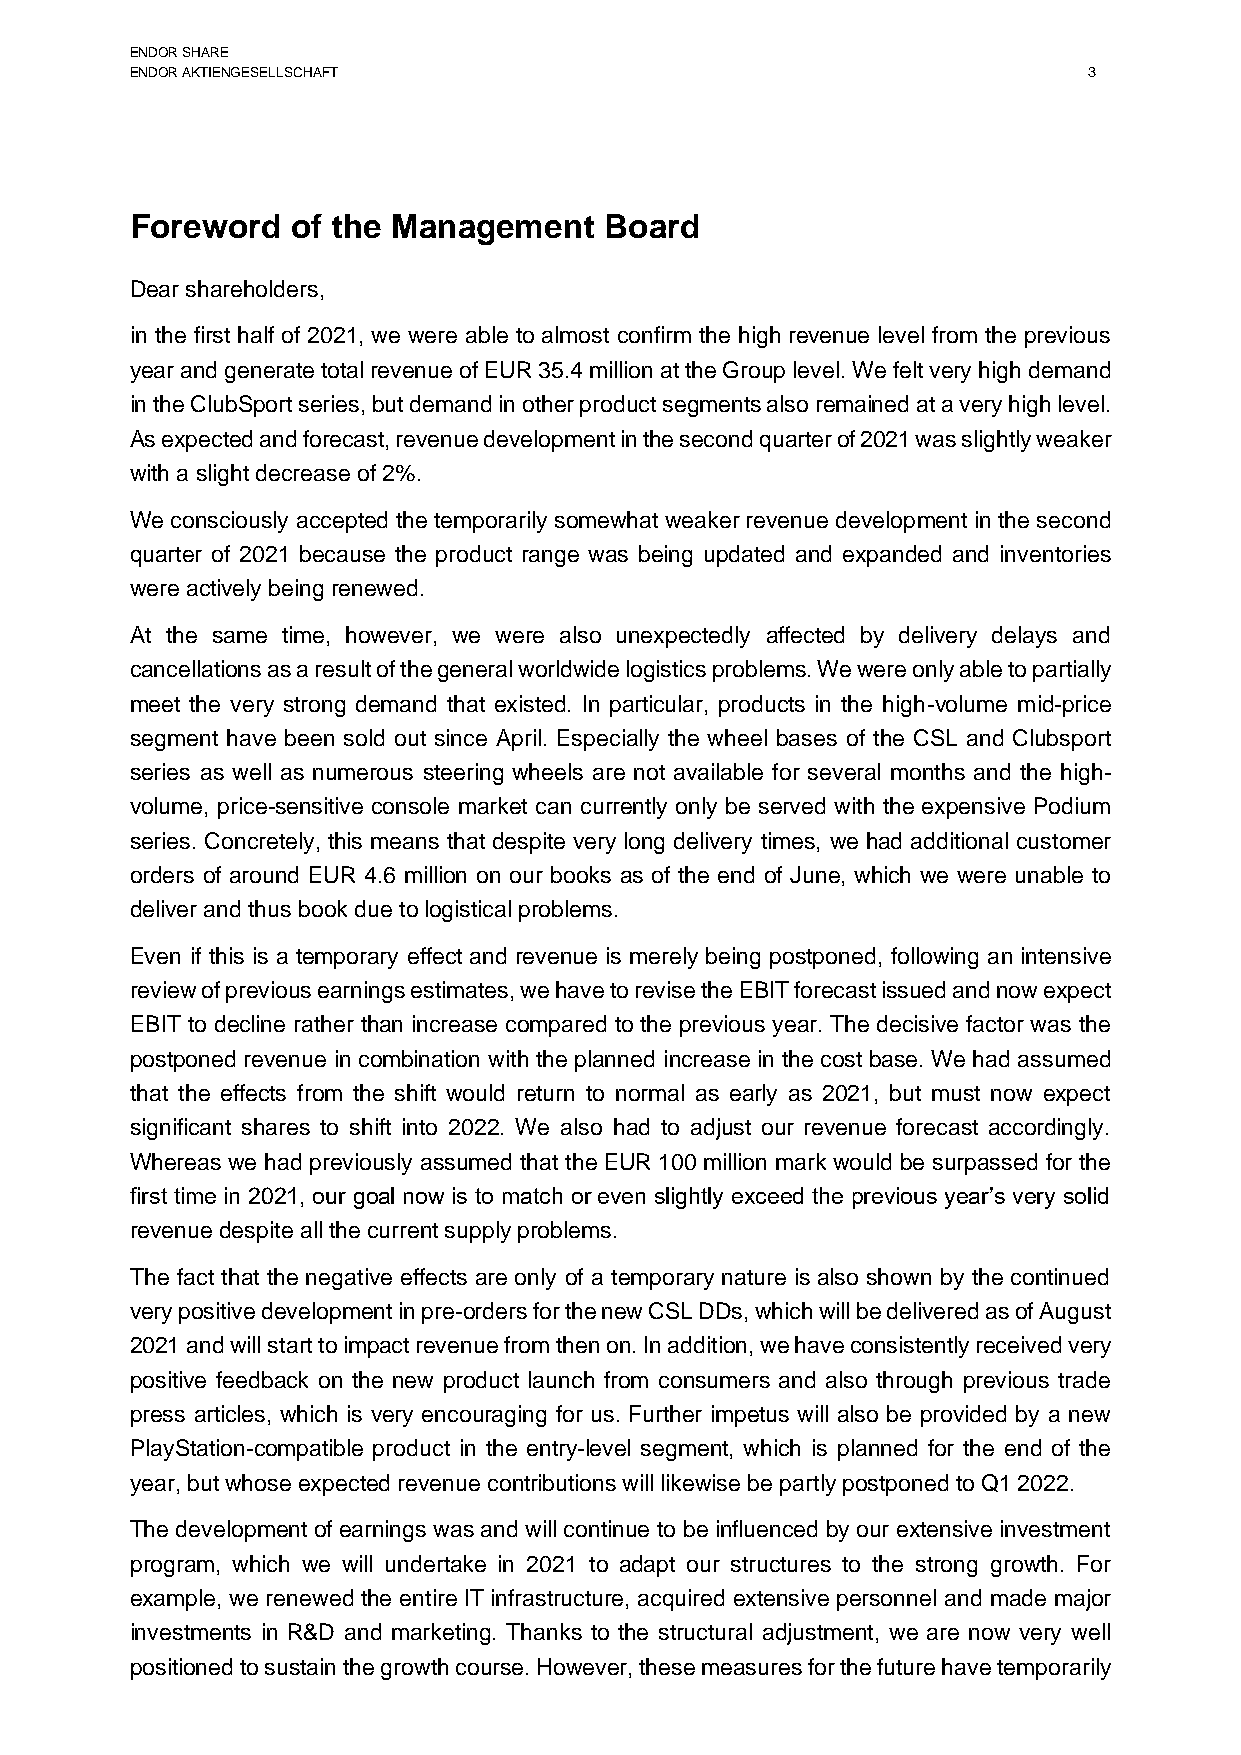
ENDOR SHARE
 ENDOR AKTIENGESELLSCHAFT                                       3
 Foreword  of the Management    Board
 Dear shareholders,
 in the first half of 2021, we were able to almost confirm the high revenue level from the previous
 year and generate total revenue of EUR 35.4 million at the Group level. We felt very high demand
 in the ClubSport series, but demand in other product segments also remained at a very high level.
 As expected and forecast, revenue development in the second quarter of 2021 was slightly weaker
 with a slight decrease of 2%.
 We consciously accepted the temporarily somewhat weaker revenue development in the second
 quarter of 2021 because the product range was being updated and expanded and inventories
 were actively being renewed.
 At the same time, however, we were also unexpectedly affected by delivery delays and
 cancellations as a result of the general worldwide logistics problems. We were only able to partially
 meet the very strong demand that existed. In particular, products in the high-volume mid-price
 segment have been sold out since April. Especially the wheel bases of the CSL and Clubsport
 series as well as numerous steering wheels are not available for several months and the high-
 volume, price-sensitive console market can currently only be served with the expensive Podium
 series. Concretely, this means that despite very long delivery times, we had additional customer
 orders of around EUR 4.6 million on our books as of the end of June, which we were unable to
 deliver and thus book due to logistical problems.
 Even if this is a temporary effect and revenue is merely being postponed, following an intensive
 review of previous earnings estimates, we have to revise the EBIT forecast issued and now expect
 EBIT to decline rather than increase compared to the previous year. The decisive factor was the
 postponed revenue in combination with the planned increase in the cost base. We had assumed
 that the effects from the shift would return to normal as early as 2021, but must now expect
 significant shares to shift into 2022. We also had to adjust our revenue forecast accordingly.
 Whereas we had previously assumed that the EUR 100 million mark would be surpassed for the
 first time in 2021, our goal now is to match or even slightly exceed the previous year’s very solid
 revenue despite all the current supply problems.
 The fact that the negative effects are only of a temporary nature is also shown by the continued
 very positive development in pre-orders for the new CSL DDs, which will be delivered as of August
 2021 and will start to impact revenue from then on. In addition, we have consistently received very
 positive feedback on the new product launch from consumers and also through previous trade
 press articles, which is very encouraging for us. Further impetus will also be provided by a new
 PlayStation-compatible product in the entry-level segment, which is planned for the end of the
 year, but whose expected revenue contributions will likewise be partly postponed to Q1 2022.
 The development of earnings was and will continue to be influenced by our extensive investment
 program, which we will undertake in 2021 to adapt our structures to the strong growth. For
 example, we renewed the entire IT infrastructure, acquired extensive personnel and made major
 investments in R&D and marketing. Thanks to the structural adjustment, we are now very well
 positioned to sustain the growth course. However, these measures for the future have temporarily